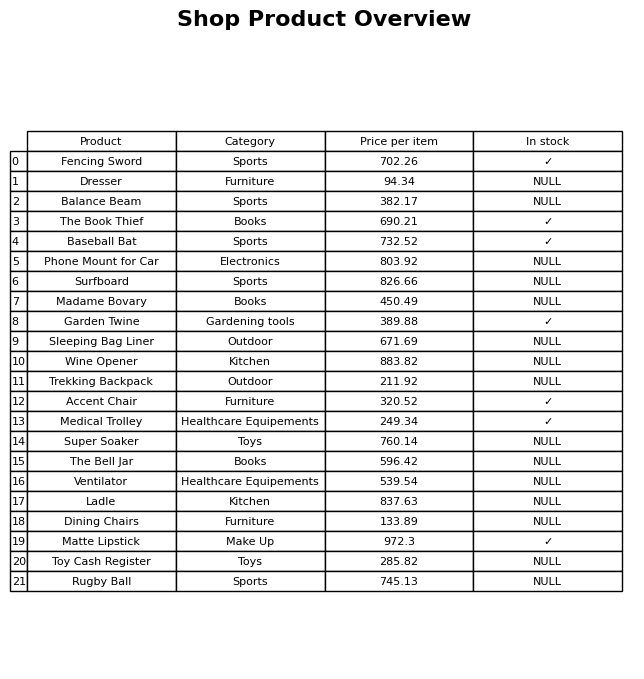
question: Is the Dresser in stock?
answer: NULL